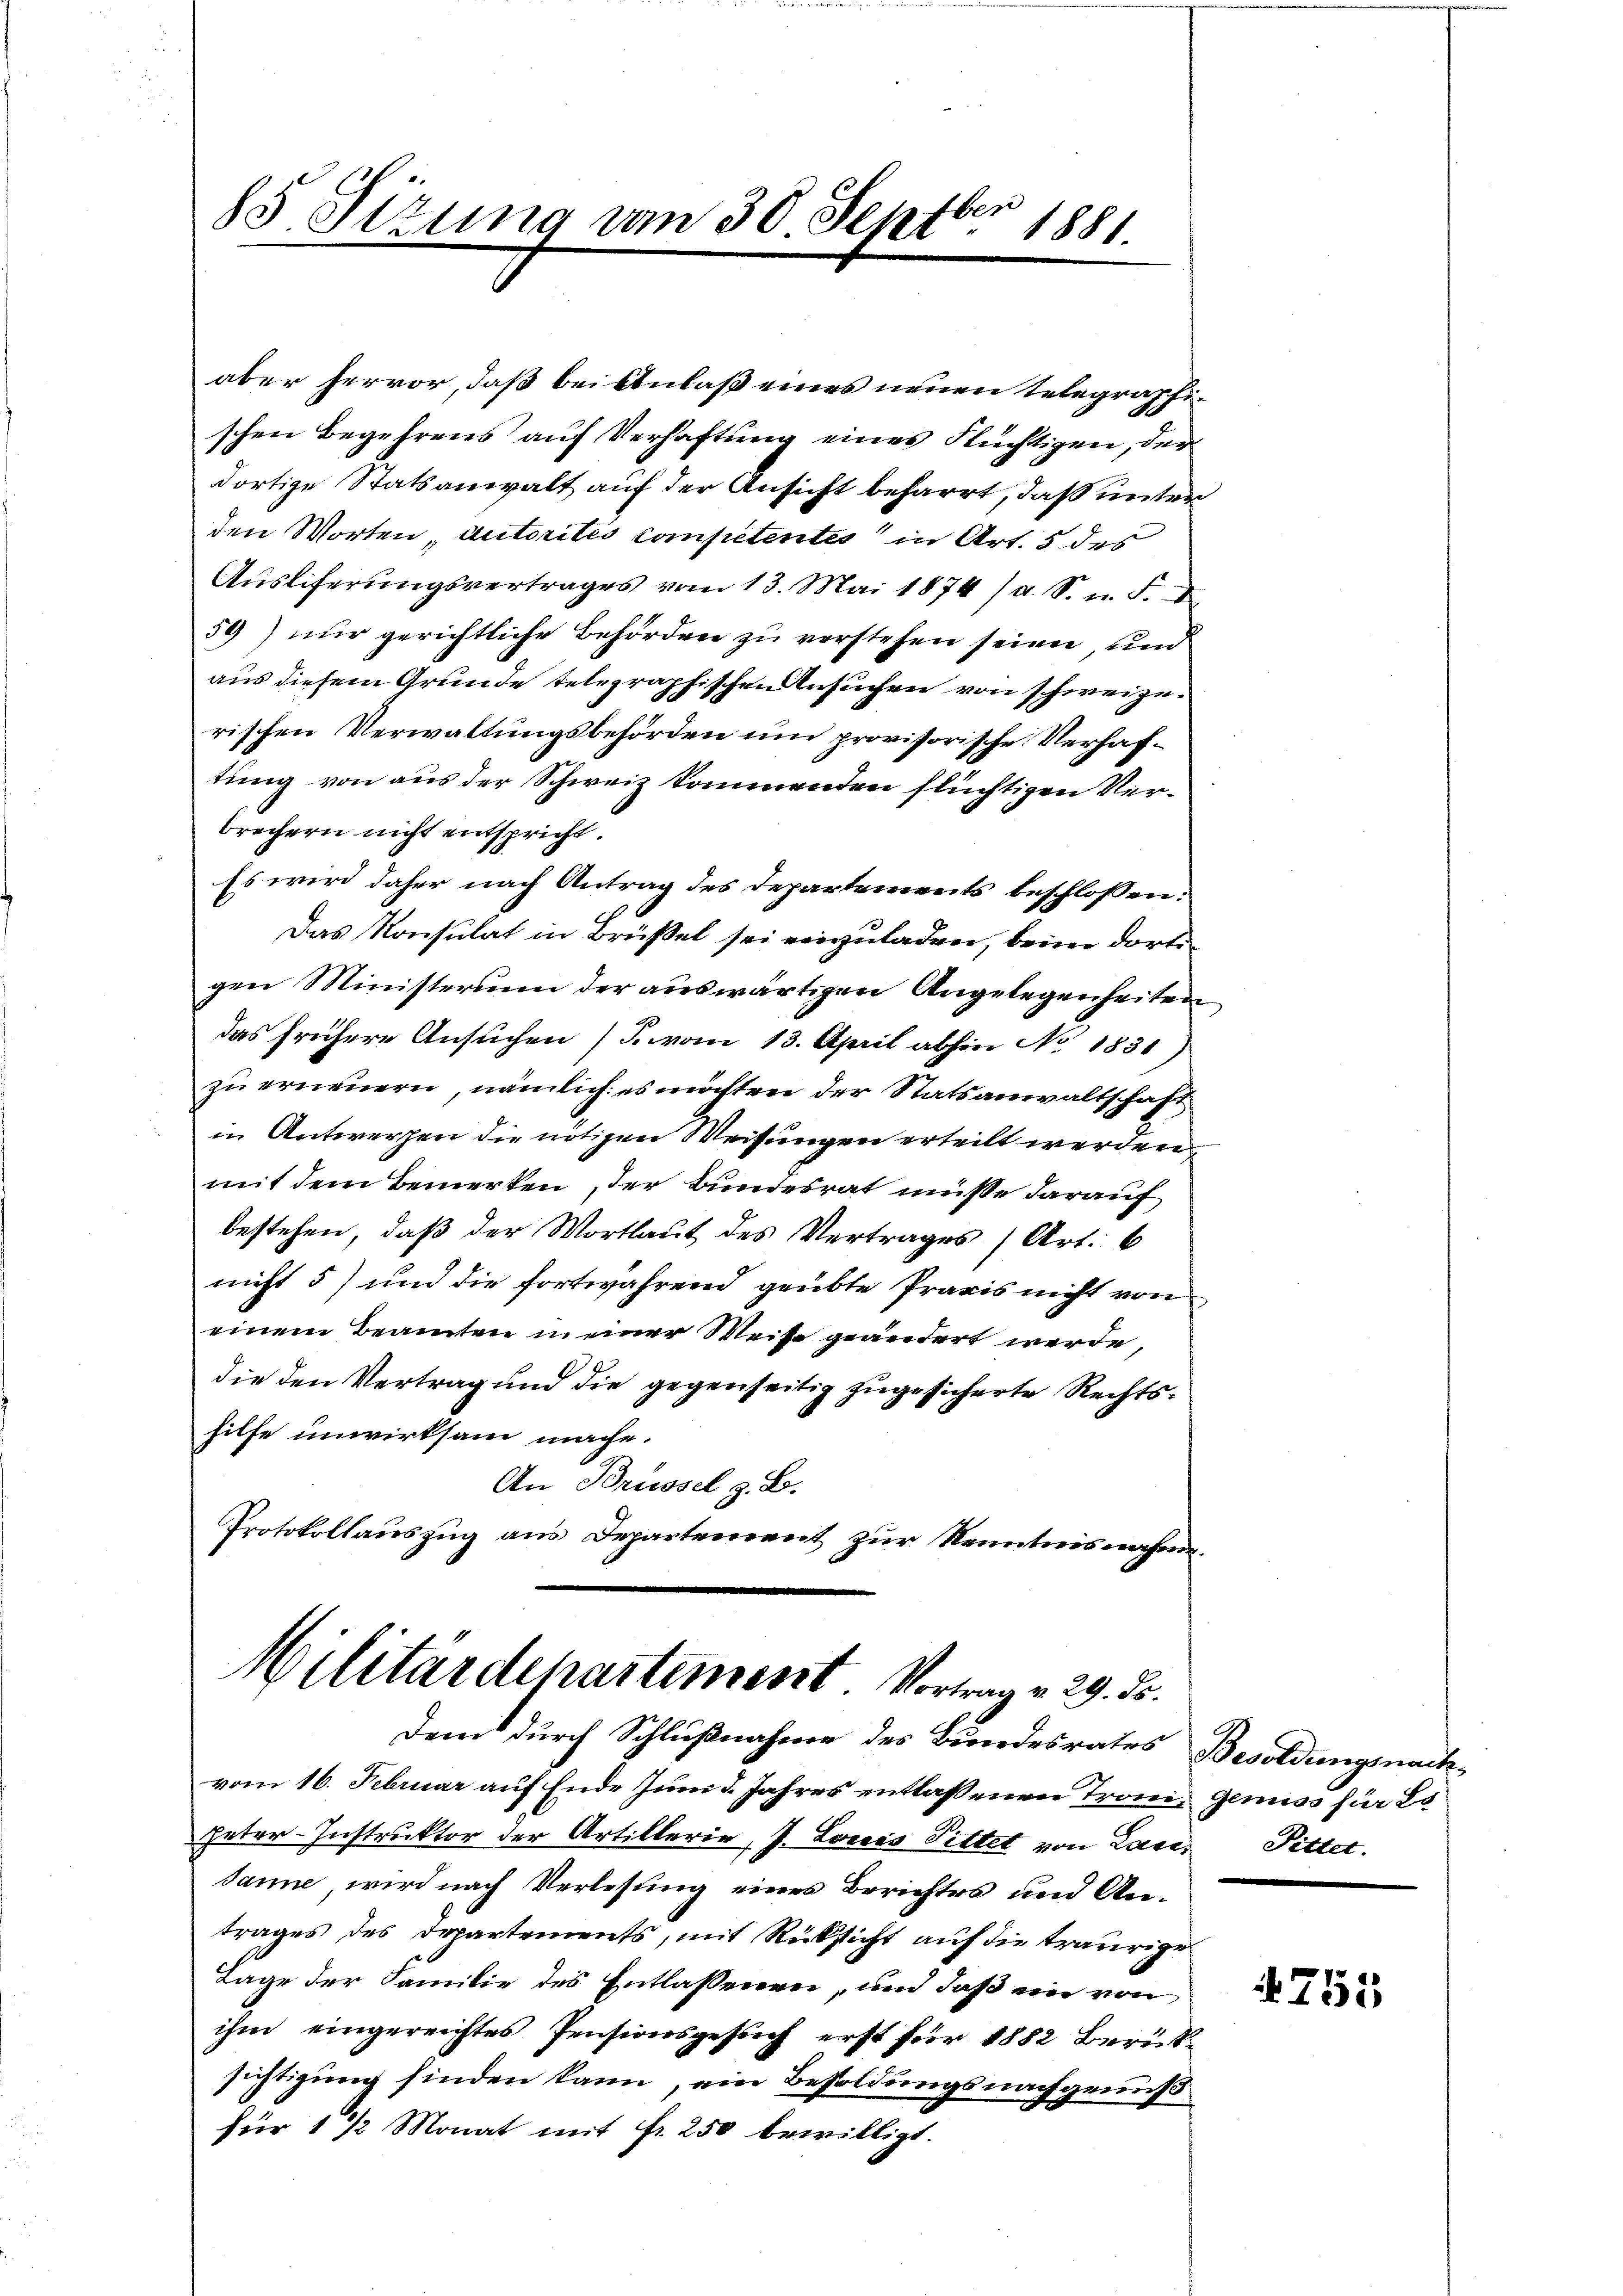
85. Sitzung vom 30. Septbr 1881.

aber hervor, daß bei Anlaß eines neuen Telegraphischen Begehrens auf Verhaftung eines Flüchtigen, der
dortige Statsanwalt auf der Ansicht beharrt, daß unter
den Worten, autorités competentes in Art. 5 des
Ausliferungsvertrages vom 13. Mai 1874 /d. S. u. F.
59) nur gerichtliche Behörden zu verstehen seien, und
aus diesem Grunde telegraphischen Ansuchen von schweizerischen Verwaltungsbehörden um provisorische Verhaftung von aus der Schweiz kommenden flüchtigen Verbrechern nicht entspricht.
Es wird daher nach Antrag des Departements beschlossen:
Das Konsulat in Brüßel sei einzuladen, beim dortigen Ministerium der auswärtigen Angelegenheiten
das frühere Ansuchen (T. vom 13. April abhin No 1831)
zu erneuern, nämlich: es möchten der Statsanwaltschaft
in Antwerpen die nötigen Weisungen erteilt werden,
mit dem Bemerken, der Bundesrat müsse darauf
bestehen, daß der Wortlaut des Vertrages (Art. 6
nicht 5) und die fortwährend geübte Praxis nicht von
einem Beamten in einer Weise geändert werde,
die den Vertrag und die gegenseitig zugesicherte Rechtshilfe unwirksam mache.
An Brüssel z. B.
Protokollauszug aus Departement zur Kenntnisnahme.

Militärdepartement. Vortrag v. 29. Fr.
Dem durch Schlußnahme des Bundesrates Besoldungsnach¬

vom 16. Februar auf Ende Juni d. Jahres entlassenen Trome- Genuss für 20
Peter-Instruktor der Artillerie, J. Louis Pittet von Lansanne wird nach Verlesung eines Berichtes und Antrages des Departements, mit Rücksicht auf die traurige
Lage der Familie des Entlassenen, und daß ein von
ihm eingereichtes Pensionsgesuch erst für 1882 Berücksichtigung finden kann, ein Besoldungsnachgrüußfür 1 1/2 Monat mit fr. 250 bewilligt.

Fitter.

755